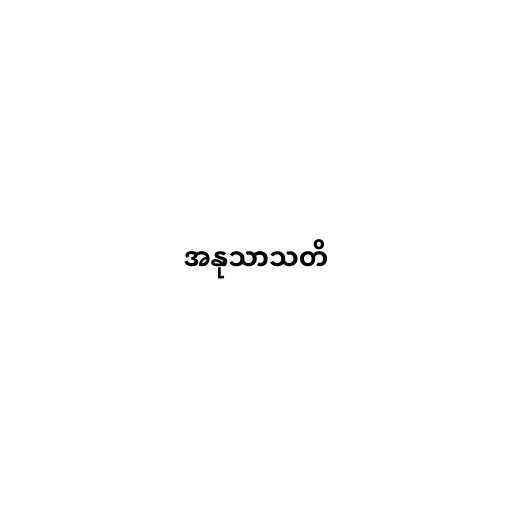
အနုသာသတိ